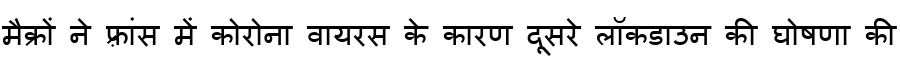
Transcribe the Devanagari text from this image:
मैक्रों ने फ़्रांस में कोरोना वायरस के कारण दूसरे लॉकडाउन की घोषणा की